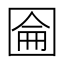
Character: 圇